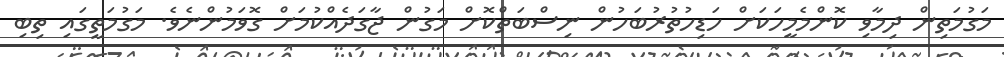
މަގުމަތިން ދިމާވި ކޮންމެމީހަކަށް ހަޑިހުތުރުބަހުން ނިސްބަތްކޮށް މަގުން ޖާގަދެއްކުމަށް ގޮވަމުންނެވެ. މަގުމަތީގައި ތިބި